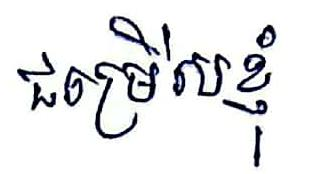
ជម្រើសខ្ញុំ